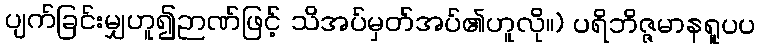
ပျက်ခြင်းမျှဟူ၍ဉာဏ်ဖြင့် သိအပ်မှတ်အပ်၏ဟူလို။) ပရိဘိဇ္ဇမာနရူပပ